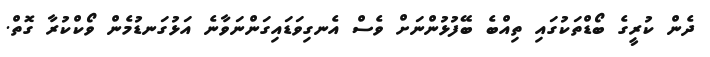
ދެން ކުރީގެ ބޯޑްތަކުގައި ތިއްބެ ބޭފުޅުންނަށް ވެސް އެނގިވަޑައިގަންނަވާނެ އަޅުގަނޑުމެން ވޯކްކުރާ ގޮތް.